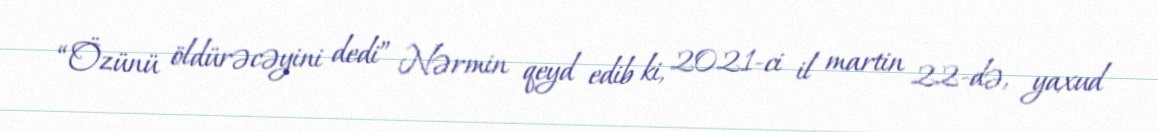
“Özünü öldürəcəyini dedi” Nərmin qeyd edib ki, 2021-ci il martin 22-də, yaxud